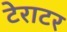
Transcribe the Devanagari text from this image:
टेराटर